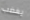
يغضب